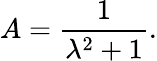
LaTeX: A={\frac{1}{\lambda^{2}+1}}.